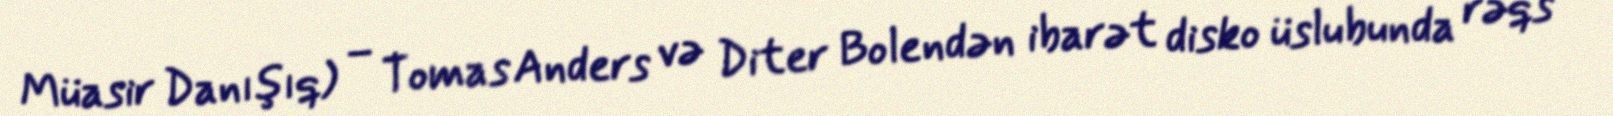
Müasir Danışıq) – Tomas Anders və Diter Bolendən ibarət disko üslubunda rəqs